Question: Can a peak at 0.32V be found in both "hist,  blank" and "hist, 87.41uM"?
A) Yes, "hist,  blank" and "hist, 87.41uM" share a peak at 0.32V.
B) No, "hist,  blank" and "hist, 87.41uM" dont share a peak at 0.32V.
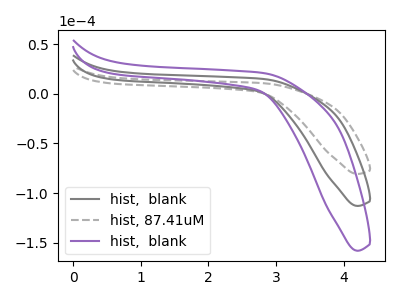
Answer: <think>The gray curve "hist,  blank" has no peaks. The gray dashed curve "hist, 87.41uM" has no peaks. The purple curve "hist,  blank" has no peaks.</think>
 <answer>B) No, "hist,  blank" and "hist, 87.41uM" dont share a peak at 0.32V.</answer>
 <eval>B</eval>